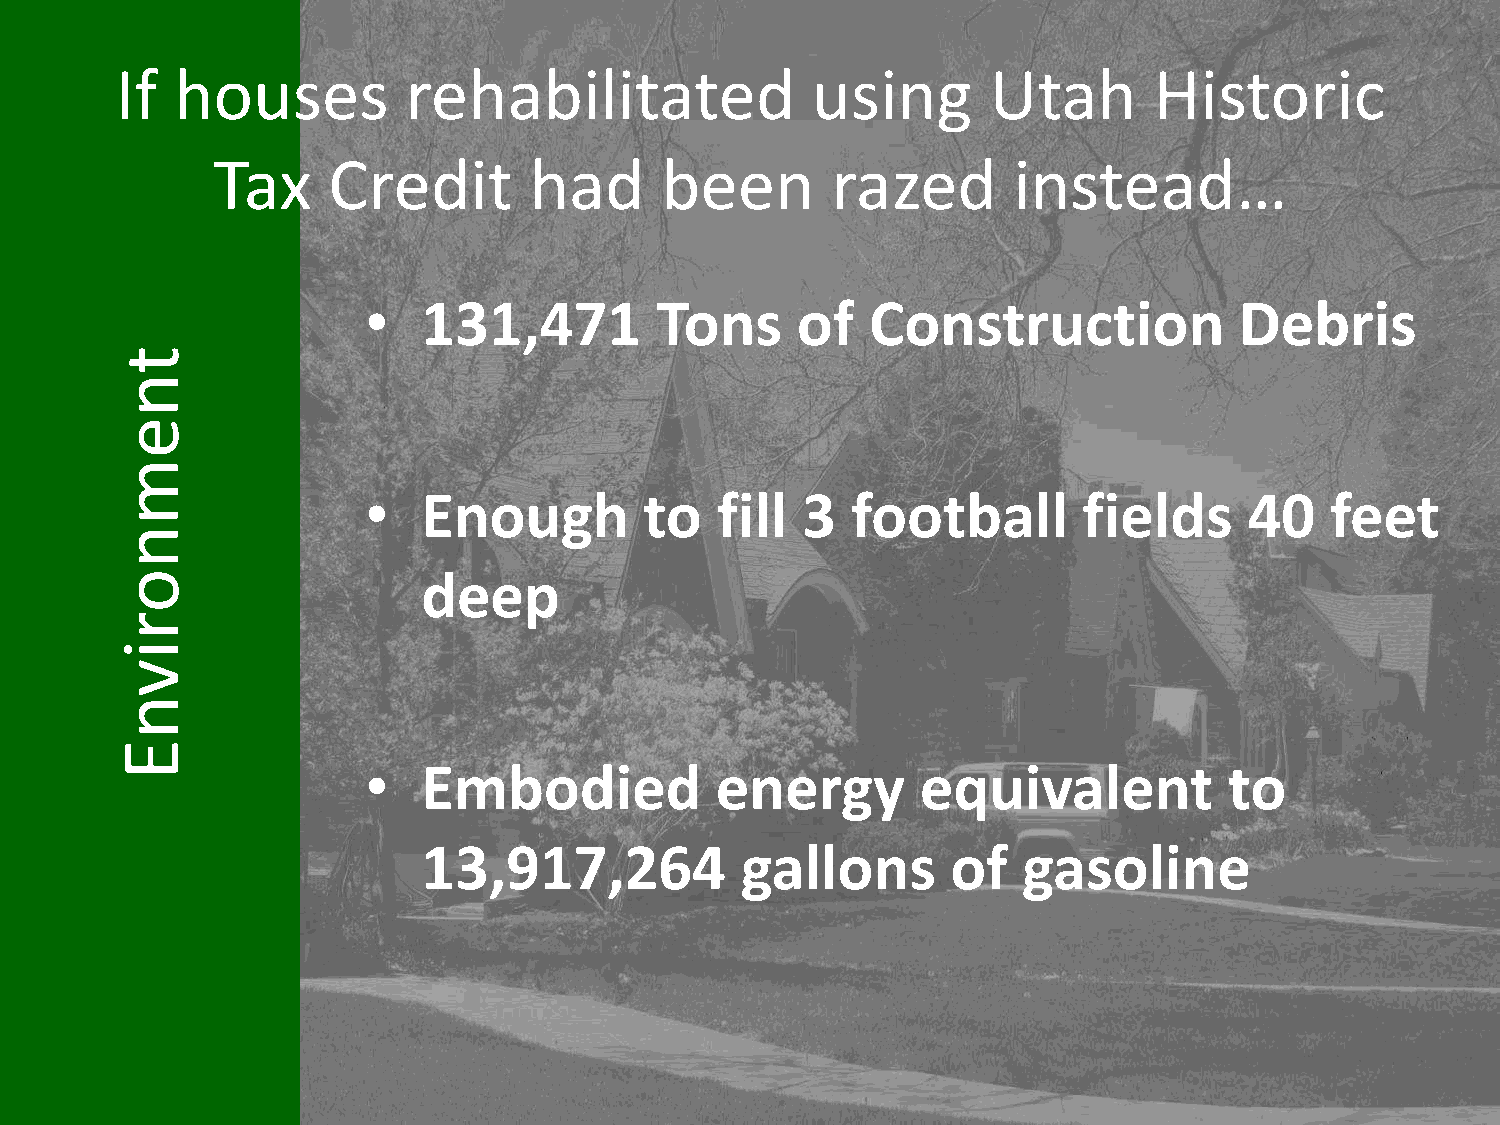
If  houses         rehabilitated              using      Utah       Historic
 Tax     Credit       had      been       razed       instead…
 •   131,471        Tons      of   Construction            Debris
 t
 n
 e
 m
 •   Enough         to  fill  3  football        fields     40   feet
 n
 o                   deep
 r
 i
 v
 n
 E
 •   Embodied           energy        equivalent          to
 13,917,264           gallons       of   gasoline